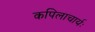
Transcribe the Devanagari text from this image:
कपिलाचार्यः